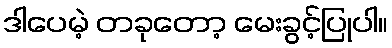
ဒါပေမဲ့ တခုတော့ မေးခွင့်ပြုပါ။